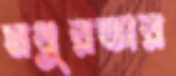
মধুরতার